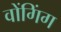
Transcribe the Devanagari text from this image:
वोंगिंग